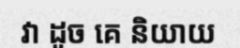
វា ដូច គេ និយាយ